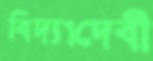
বিদ্যাদেবী